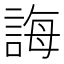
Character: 誨